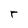
Character: r